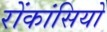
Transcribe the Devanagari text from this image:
रोंकांसियो